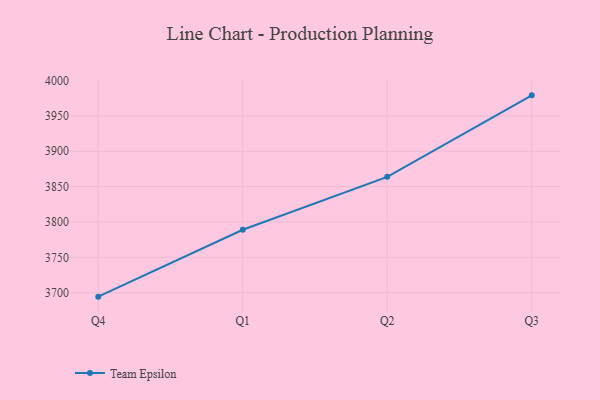
{"axis": {"x": "Quarter", "y": "Humidity (%)"}, "legend": ["Team Epsilon"], "data": [{"x": "Q4", "y": 3694.4, "type": "Team Epsilon"}, {"x": "Q1", "y": 3789.0, "type": "Team Epsilon"}, {"x": "Q2", "y": 3863.8, "type": "Team Epsilon"}, {"x": "Q3", "y": 3979.1, "type": "Team Epsilon"}]}